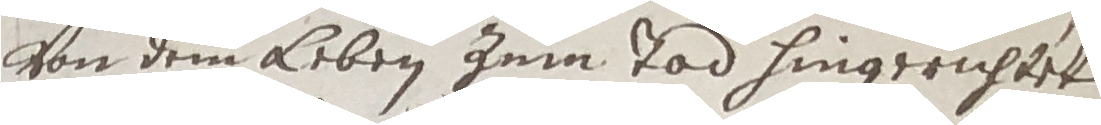
von dem leben zum tad hingerichtet